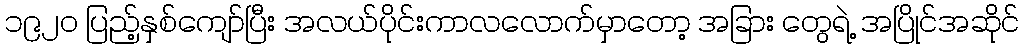
၁၉၂၀ ပြည့်နှစ်ကျော်ပြီး အလယ်ပိုင်းကာလလောက်မှာတော့ အခြား တွေရဲ့ အပြိုင်အဆိုင်